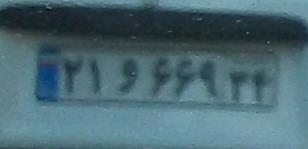
۲۱و۶۶۹۳۴